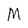
Character: M